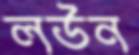
লউন